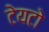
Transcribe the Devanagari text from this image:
टेयटो